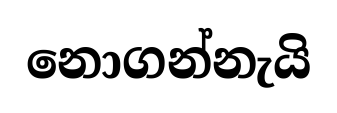
නොගන්නැයි